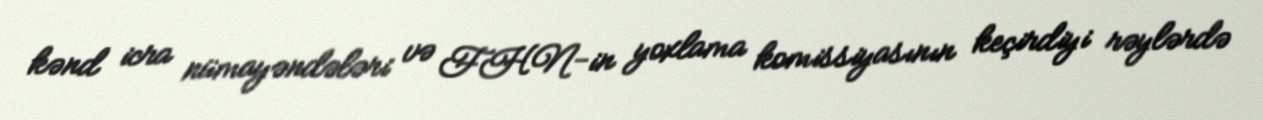
kənd icra nümayəndələri və FHN-in yoxlama komissiyasının keçirdiyi rəylərdə